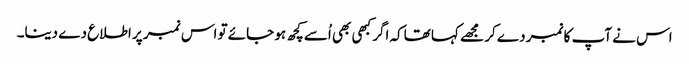
اس نے آپ کا نمبر دے کر مجھے کہا تھاکہ اگر کبھی بھی اُسے کچھ ہو جائے تو اس نمبر پر اطلاع دے دینا۔